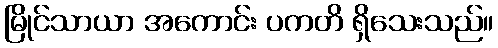
မြိုင်သာယာ အကောင်း ပကတိ ရှိသေးသည်။